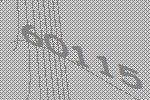
60115